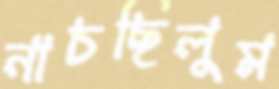
নাচছিলুম